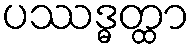
ပဿဒ္ဓတ္ထာ